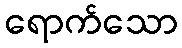
ရောက်သော